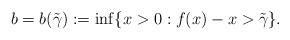
LaTeX: \begin{align*}b=b(\tilde \gamma):=\inf\{x>0: f(x)-x>\tilde \gamma \}.\end{align*}